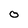
Character: 0